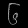
Digit: ၆